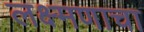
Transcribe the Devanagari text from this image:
लक्ष्मणाचा